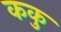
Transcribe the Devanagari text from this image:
ककु